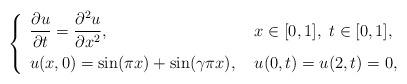
LaTeX: \begin{align*}\left\{ \renewcommand{\arraystretch}{1.5} \begin{array}{ll} \dfrac{\partial u}{\partial t} = \dfrac{\partial^2 u}{\partial x^2}, & \ x\in[0,1], \ t \in[0,1], \\ u(x,0) = \sin(\pi x) + \sin(\gamma \pi x), & \ u(0,t)=u(2,t)=0 , \end{array} \right.\end{align*}